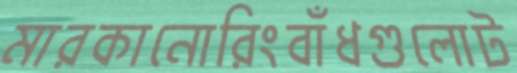
মারকানোরিংবাঁধগুলোট